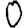
Digit: 0